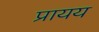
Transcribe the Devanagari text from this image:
प्रायय